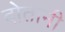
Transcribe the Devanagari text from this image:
दोतानी